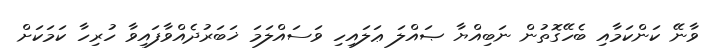
ވާނޭ ކަންކަމާއި ބެހޭގޮތުން ނަބިއްޔާ ޞައްލަ ޢަލައިހި ވަސައްލަމަ ޚަބަރުދެއްވާފައިވާ ހުރިހާ ކަމަކަށް